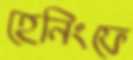
হেনিংফে